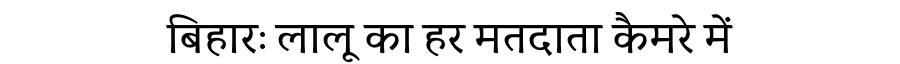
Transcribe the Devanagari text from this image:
बिहारः लालू का हर मतदाता कैमरे में